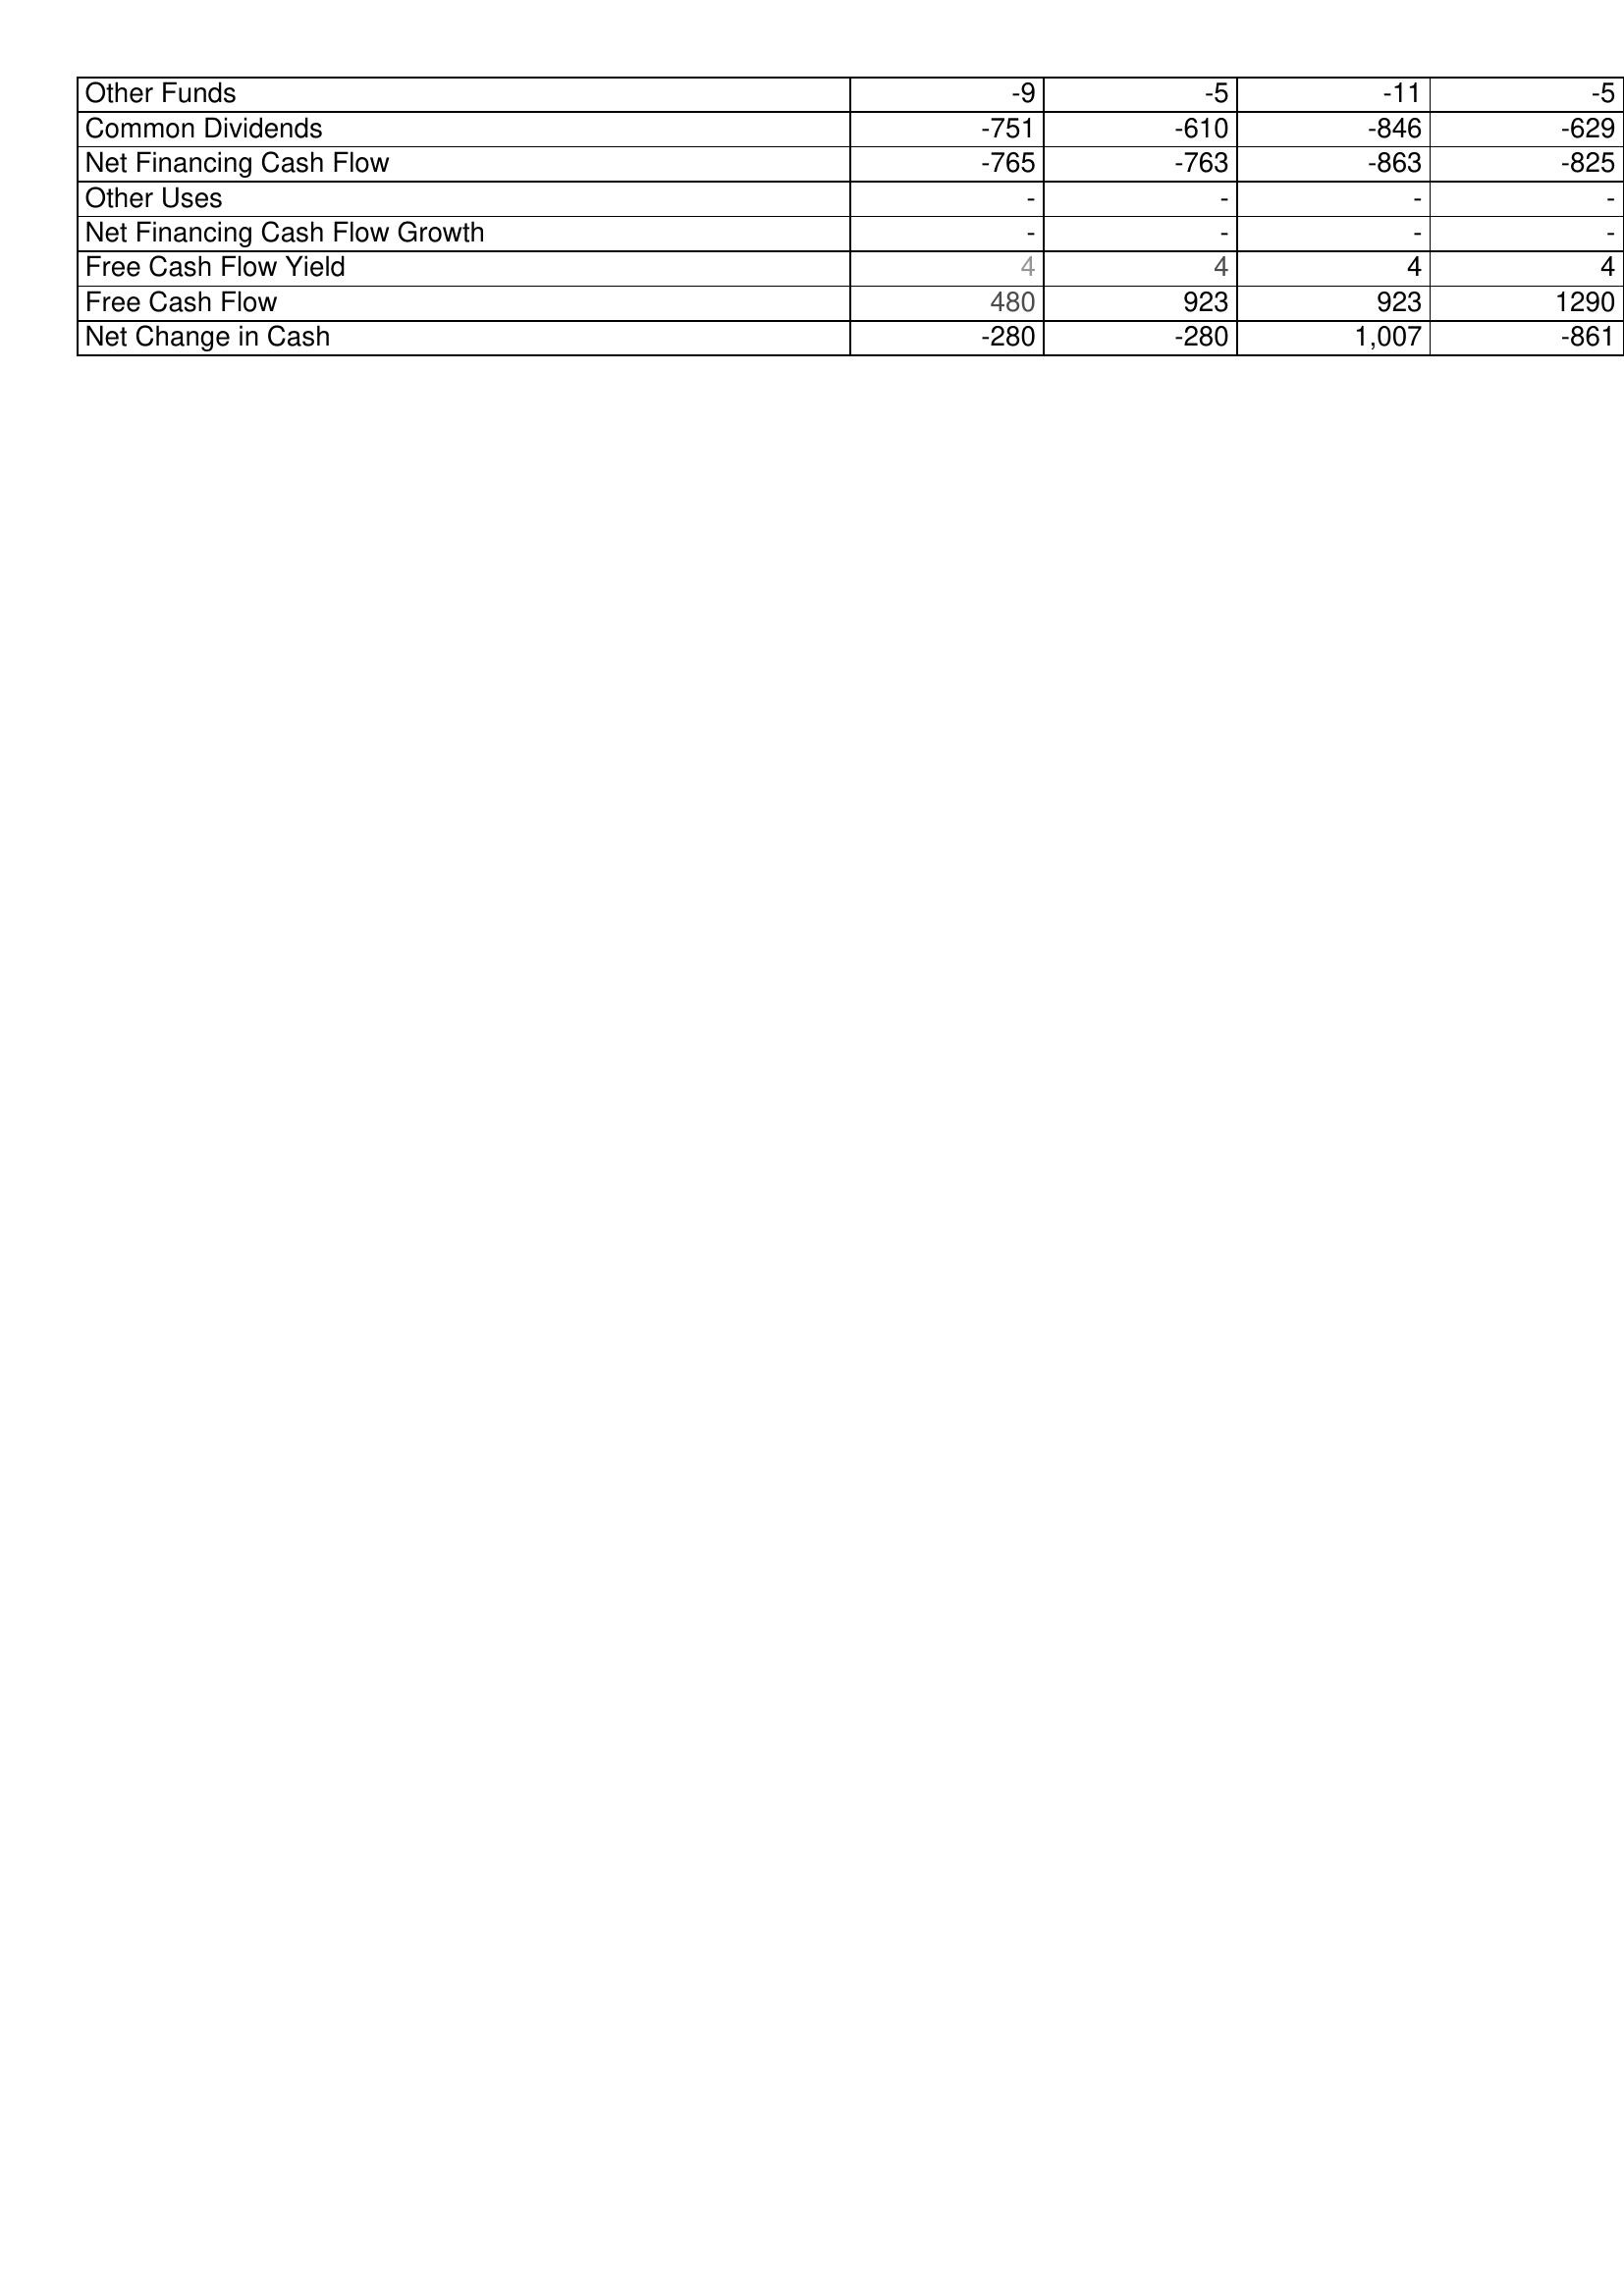
2022: Financing Activities: Other Funds: -9
Common Dividends: -751
Net Financing Cash Flow: -765
Other Uses: -
Net Financing Cash Flow Growth: -
Free Cash Flow Yield: 4
Free Cash Flow: 480
Net Change in Cash: -280
2023: Financing Activities: Other Funds: -5
Common Dividends: -610
Net Financing Cash Flow: -763
Other Uses: -
Net Financing Cash Flow Growth: -
Free Cash Flow Yield: 4
Free Cash Flow: 923
Net Change in Cash: -280
2024: Financing Activities: Other Funds: -11
Common Dividends: -846
Net Financing Cash Flow: -863
Other Uses: -
Net Financing Cash Flow Growth: -
Free Cash Flow Yield: 4
Free Cash Flow: 923
Net Change in Cash: 1,007
2025: Financing Activities: Other Funds: -5
Common Dividends: -629
Net Financing Cash Flow: -825
Other Uses: -
Net Financing Cash Flow Growth: -
Free Cash Flow Yield: 4
Free Cash Flow: 1290
Net Change in Cash: -861